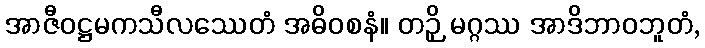
အာဇီဝဋ္ဌမကသီလဿေတံ အဓိဝစနံ။ တဉှိ မဂ္ဂဿ အာဒိဘာဝဘူတံ,